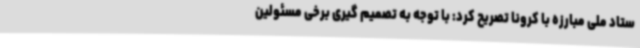
ستاد ملی مبارزه با کرونا تصریح کرد: با توجه به تصمیم گیری برخی مسئولین